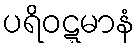
ပရိဝဋ္ဋမာနံ